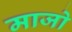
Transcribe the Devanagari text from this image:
माजो